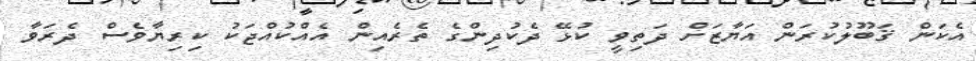
އެކަން ޤަބޫލުކުރަން އަޔާޒަށް ދަތިވީ ކުޅޭ ދެކުދިންގެ ތެރެއިން އެއްކުއްޖަކު ކިރިޔާވެސް ދެރަވާ